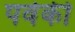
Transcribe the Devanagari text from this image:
पर्वकी